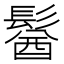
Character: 𩮈